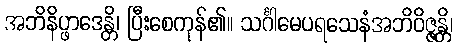
အဘိနိပ္ဖာဒေန္တိ၊ ပြီးစေကုန်၏။ သင်္ဂါမေပရသေနံအဘိဝိဇ္ဇန္တိ၊